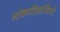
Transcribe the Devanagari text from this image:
लोकादिवासियो